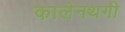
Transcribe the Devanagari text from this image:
कालेनथगी